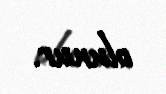
olunur.